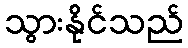
သွားနိုင်သည်